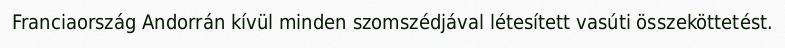
Franciaország Andorrán kívül minden szomszédjával létesített vasúti összeköttetést.